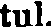
tul.